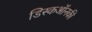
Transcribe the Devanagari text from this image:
डिस्कऑनकी